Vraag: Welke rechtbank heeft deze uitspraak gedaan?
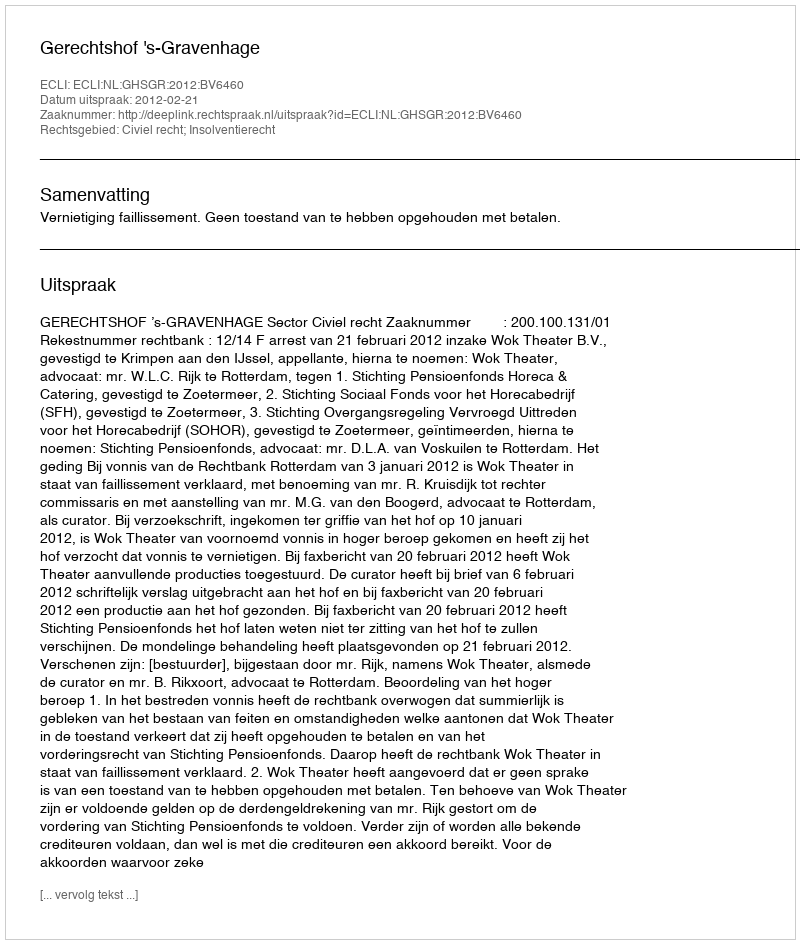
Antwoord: Gerechtshof 's-Gravenhage